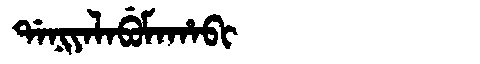
Manchu: ᡩᠠᠨᡳᠶᠠᠯᠠᠪᡠᠮᠠᡥᠠᠪᡳ
Romanization: DANIYALABUMAHABI